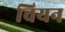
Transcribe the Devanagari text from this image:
चियन